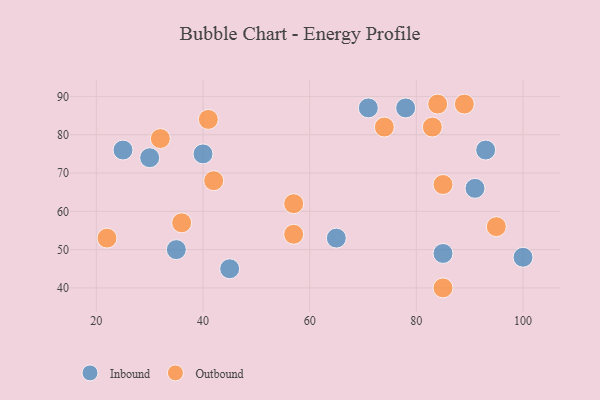
{"axis": {"x": "GDP", "y": "Life Expectancy"}, "legend": ["Inbound", "Outbound"], "data": [{"x": "35", "y": 50, "type": "Inbound"}, {"x": "65", "y": 53, "type": "Inbound"}, {"x": "25", "y": 76, "type": "Inbound"}, {"x": "40", "y": 75, "type": "Inbound"}, {"x": "78", "y": 87, "type": "Inbound"}, {"x": "91", "y": 66, "type": "Inbound"}, {"x": "85", "y": 49, "type": "Inbound"}, {"x": "30", "y": 74, "type": "Inbound"}, {"x": "93", "y": 76, "type": "Inbound"}, {"x": "100", "y": 48, "type": "Inbound"}, {"x": "71", "y": 87, "type": "Inbound"}, {"x": "45", "y": 45, "type": "Inbound"}, {"x": "85", "y": 40, "type": "Outbound"}, {"x": "57", "y": 62, "type": "Outbound"}, {"x": "57", "y": 54, "type": "Outbound"}, {"x": "74", "y": 82, "type": "Outbound"}, {"x": "89", "y": 88, "type": "Outbound"}, {"x": "95", "y": 56, "type": "Outbound"}, {"x": "36", "y": 57, "type": "Outbound"}, {"x": "32", "y": 79, "type": "Outbound"}, {"x": "42", "y": 68, "type": "Outbound"}, {"x": "22", "y": 53, "type": "Outbound"}, {"x": "84", "y": 88, "type": "Outbound"}, {"x": "41", "y": 84, "type": "Outbound"}, {"x": "83", "y": 82, "type": "Outbound"}, {"x": "85", "y": 67, "type": "Outbound"}]}